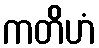
ကတိဟံ